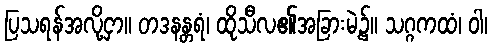
ပြသရန်အလို့ငှာ။ တဒနန္တရံ၊ ထိုသီလ၏အခြားမဲ့၌။ သဂ္ဂကထံ၊ ဝါ၊